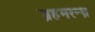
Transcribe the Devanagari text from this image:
ब्रहमरन्ध्र